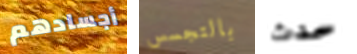
أجسادهم بالتجسس حدث